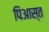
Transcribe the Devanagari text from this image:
पिआस्त